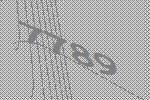
7789